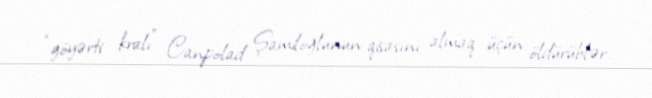
“göyərti kralı” Canpolad Şamiloğlunun qisasını almaq üçün öldürüblər.